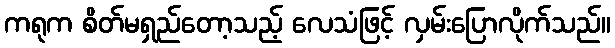
ကရုက စိတ်မရှည်တော့သည့် လေသံဖြင့် လှမ်းပြောလိုက်သည်။